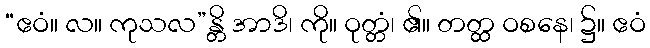
“ဧဝံ။ လ။ ကုသလ”န္တိ အာဒိ၊ ကို။ ဝုတ္တံ၊ ၏။ တတ္ထ ဝစနေ၊ ၌။ ဧဝံ